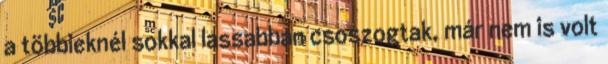
a többieknél sokkal lassabban csoszogtak, már nem is volt